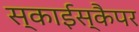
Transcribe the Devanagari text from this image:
स्काईस्कैपर